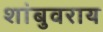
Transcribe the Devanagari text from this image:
शांबुवराय